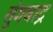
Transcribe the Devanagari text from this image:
तुंगबाद्र